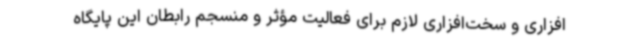
افزاری و سخت‌افزاری لازم برای فعالیت مؤثر و منسجم رابطان این پایگاه